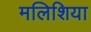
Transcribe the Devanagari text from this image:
मलिशिया